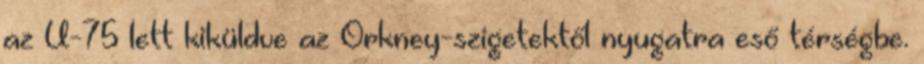
az U-75 lett kiküldve az Orkney-szigetektől nyugatra eső térségbe.